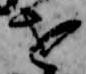
を